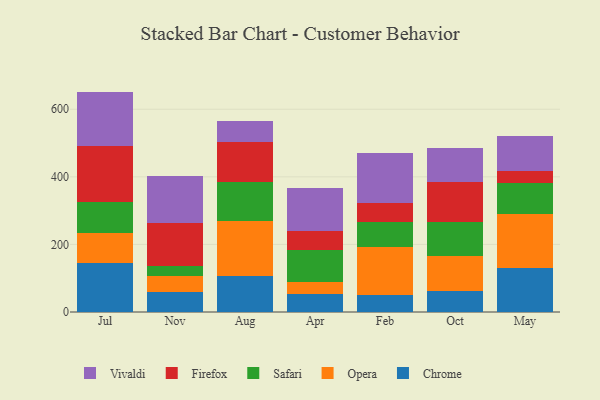
{"axis": {"x": "Month", "y": "Churn Rate (%)"}, "legend": ["Chrome", "Firefox", "Opera", "Safari", "Vivaldi"], "data": [{"x": "Jul", "y": 144.9, "type": "Chrome"}, {"x": "Jul", "y": 89.7, "type": "Opera"}, {"x": "Jul", "y": 91.6, "type": "Safari"}, {"x": "Jul", "y": 165.6, "type": "Firefox"}, {"x": "Jul", "y": 160.4, "type": "Vivaldi"}, {"x": "Nov", "y": 58.0, "type": "Chrome"}, {"x": "Nov", "y": 49.8, "type": "Opera"}, {"x": "Nov", "y": 28.5, "type": "Safari"}, {"x": "Nov", "y": 126.3, "type": "Firefox"}, {"x": "Nov", "y": 140.2, "type": "Vivaldi"}, {"x": "Aug", "y": 107.3, "type": "Chrome"}, {"x": "Aug", "y": 163.1, "type": "Opera"}, {"x": "Aug", "y": 112.9, "type": "Safari"}, {"x": "Aug", "y": 119.8, "type": "Firefox"}, {"x": "Aug", "y": 62.4, "type": "Vivaldi"}, {"x": "Apr", "y": 54.6, "type": "Chrome"}, {"x": "Apr", "y": 34.7, "type": "Opera"}, {"x": "Apr", "y": 95.3, "type": "Safari"}, {"x": "Apr", "y": 56.0, "type": "Firefox"}, {"x": "Apr", "y": 125.7, "type": "Vivaldi"}, {"x": "Feb", "y": 49.0, "type": "Chrome"}, {"x": "Feb", "y": 144.7, "type": "Opera"}, {"x": "Feb", "y": 72.5, "type": "Safari"}, {"x": "Feb", "y": 57.5, "type": "Firefox"}, {"x": "Feb", "y": 147.9, "type": "Vivaldi"}, {"x": "Oct", "y": 61.4, "type": "Chrome"}, {"x": "Oct", "y": 103.2, "type": "Opera"}, {"x": "Oct", "y": 101.7, "type": "Safari"}, {"x": "Oct", "y": 118.6, "type": "Firefox"}, {"x": "Oct", "y": 99.2, "type": "Vivaldi"}, {"x": "May", "y": 129.9, "type": "Chrome"}, {"x": "May", "y": 159.4, "type": "Opera"}, {"x": "May", "y": 93.1, "type": "Safari"}, {"x": "May", "y": 36.0, "type": "Firefox"}, {"x": "May", "y": 101.6, "type": "Vivaldi"}]}